Scottish Leaving Certificate Examination, 1958
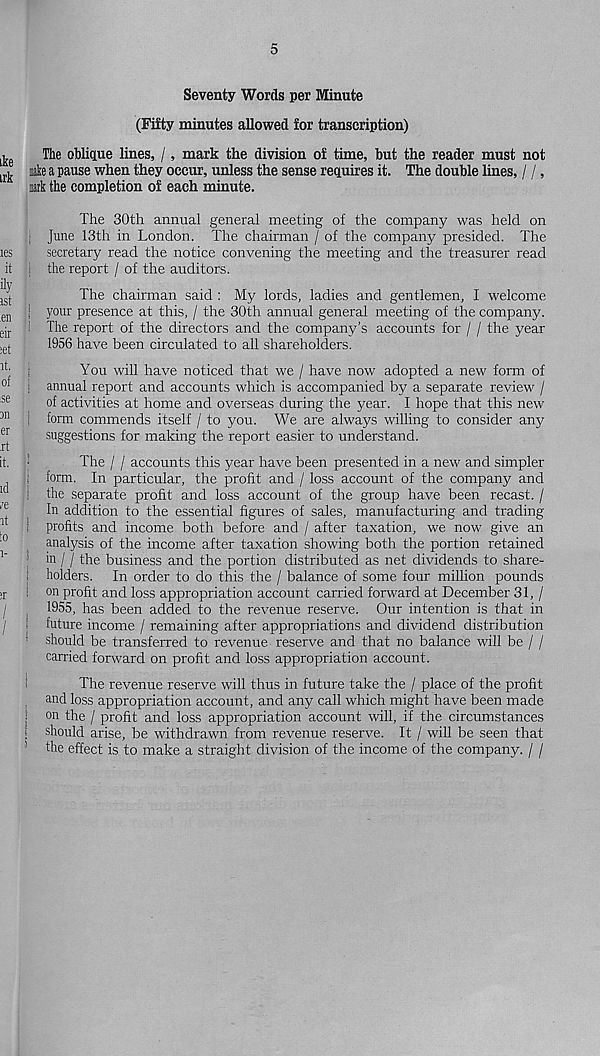
5
Seventy Words per Minute
(Fifty minutes allowed for transcription)
The oblique lines, /, mark the division of time, but the reader must not
nake a pause when they occur, unless the sense requires it. The double lines, / /,
jark the completion of each minute.
The 30th annual general meeting of the company was held on
June 13th in London. The chairman / of the company presided. The
secretary read the notice convening the meeting and the treasurer read
! the report / of the auditors.
The chairman said : My lords, ladies and gentlemen, I welcome
| your presence at this, / the 30th annual general meeting of the company.
1 The report of the directors and the company’s accounts for / / the year
1956 have been circulated to all shareholders.
You will have noticed that we / have now adopted a new form of
I annual report and accounts which is accompanied by a separate review /
of activities at home and overseas during the year. I hope that this new
form commends itself / to you. We are always willing to consider any
suggestions for making the report easier to understand.
The / / accounts this year have been presented in a new and simpler
i form. In particular, the profit and / loss account of the company and
the separate profit and loss account of the group have been recast. /
In addition to the essential figures of sales, manufacturing and trading
i profits and income both before and / after taxation, we now give an
analysis of the income after taxation showing both the portion retained
' in / / the business and the portion distributed as net dividends to share-
! holders. In order to do this the / balance of some four million pounds
on profit and loss appropriation account carried forward at December 31, /
1955, has been added to the revenue reserve. Our intention is that in
future income / remaining after appropriations and dividend distribution
' should be transferred to revenue reserve and that no balance will be / /
carried forward on profit and loss appropriation account.
The revenue reserve will thus in future take the / place of the profit
and loss appropriation account, and any call which might have been made
■ °n the / profit and loss appropriation account will, if the circumstances
i should arise, be withdrawn from revenue reserve. It / will be seen that
1
the effect is to make a straight division of the income of the company. / /